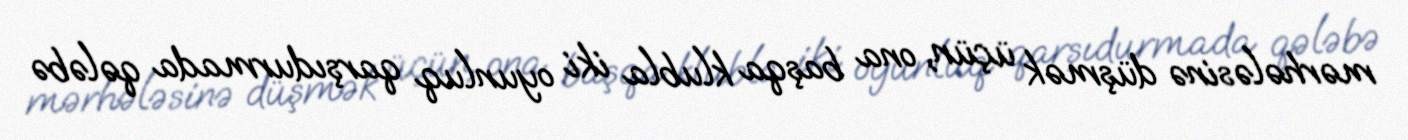
mərhələsinə düşmək üçün, ona başqa klubla iki oyunluq qarşıdurmada qələbə